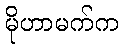
မိုဟာမက်က